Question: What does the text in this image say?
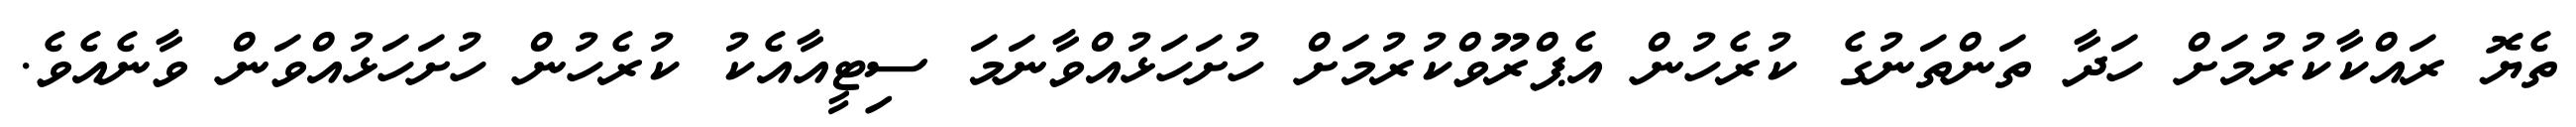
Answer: ތެޔޮ ރައްކާކުރުމަށް ހަދާ ތަންތަނުގެ ކުރެހުން އެޕްރޫވްކުރުމަށް ހުށަހަޅުއްވާނަމަ ސިޓީއާއެކު ކުރެހުން ހުށަހަޅުއްވަން ވާނެއެވެ.